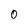
Character: 0